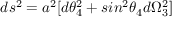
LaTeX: d s ^ { 2 } = a ^ { 2 } [ d \theta _ { 4 } ^ { 2 } + s i n ^ { 2 } \theta _ { 4 } d \Omega _ { 3 } ^ { 2 } ]